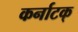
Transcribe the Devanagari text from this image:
कर्नाटक्